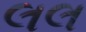
લલ